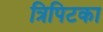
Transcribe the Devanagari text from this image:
त्रिपिटका